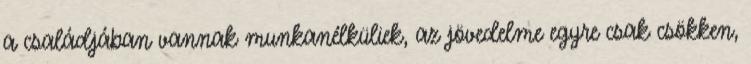
a családjában vannak munkanélküliek, az jövedelme egyre csak csökken,